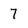
Character: 7